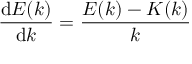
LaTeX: { \frac { \mathrm { d } E ( k ) } { \mathrm { d } k } } = { \frac { E ( k ) - K ( k ) } { k } }